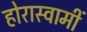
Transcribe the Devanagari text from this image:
होरास्वामीं